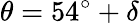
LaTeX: \theta=54^{\circ}+\delta